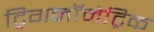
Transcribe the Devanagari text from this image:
ट्रिगनॉमेट्रिक